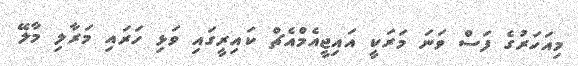
މިއަހަރުގެ ފަސް ވަނަ މަރަކީ އައިޖީއެމްއެޗް ކައިރީގައި ވަޅި ހަރައި މަރާލި މާލޭ